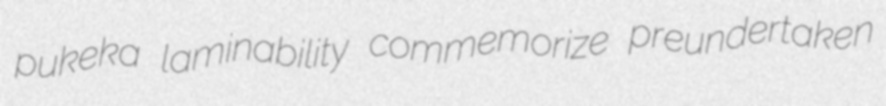
pukeka laminability commemorize preundertaken